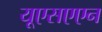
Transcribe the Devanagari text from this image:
यूएसएएन